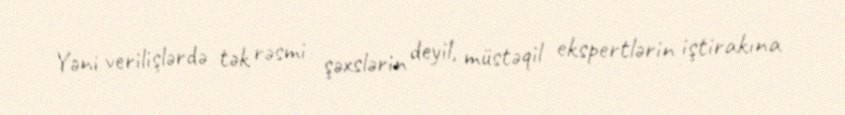
Yəni verilişlərdə tək rəsmi şəxslərin deyil, müstəqil ekspertlərin iştirakına